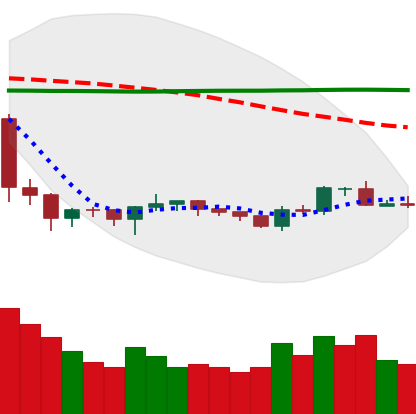
Ticker: BTC-USD
Chart end date: 2019-10-13
Forward return: -4.18%
Label: down_3_5